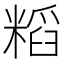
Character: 𮇷